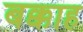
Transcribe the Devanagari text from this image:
बक्काह